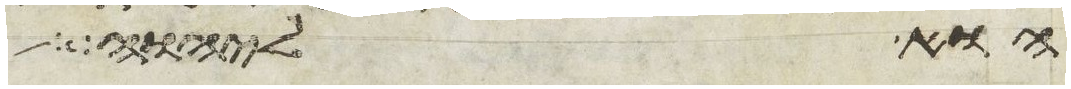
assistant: הוא ליהוה